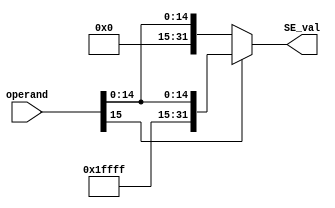
`timescale 1ns / 1ps
//////////////////////////////////////////////////////////////////////////////////
// Company: 
// Engineer: 
// 
// Design Name: 
// Module Name:    Sign_Extension 
// Project Name: 
// Target Devices: 
// Tool versions: 
// Description: 
//
// Dependencies: 
//
// Revision: 
// Revision 0.01 - File Created
// Additional Comments: 
//
//////////////////////////////////////////////////////////////////////////////////
module Sign_Extension(
    input [15:0] operand,
    output [31:0] SE_val
    );
reg[31:0]  temp;
always@(operand)
begin
  if(operand[15]==0)
  temp={{16{1'b0}},operand};
  else
  temp={{16{1'b1}},operand};
end
assign SE_val=temp;
endmodule